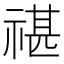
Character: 𥚮